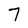
Character: 7